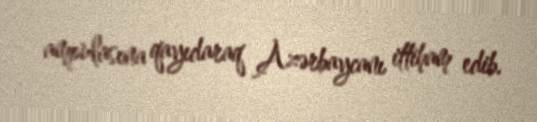
ampulasına qayıdaraq Azərbaycanı ittiham edib.